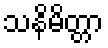
သနိမိတ္တာ